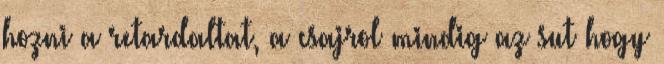
hozni a retardaltat, a csajrol mindig az sut hogy